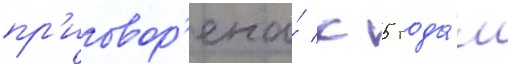
пр'иговор'ена́ к 5 года́м